Document type: Clause in a will
Year: 1320
Scribe: Francesc de Torre
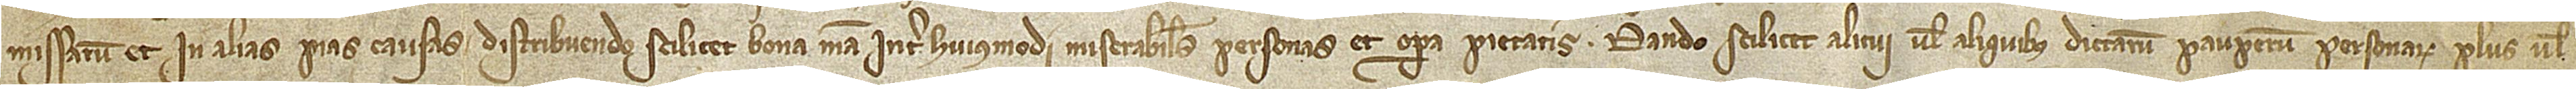
missarum et in alias pias causas distribuendo, scilicet, bona mea inter huiusmodi miserabiles personas et opera pietatis. Dando scilicet alicui vel aliquibus dictarum pauperum personarum plus vel